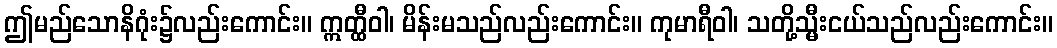
ဤမည်သောနိဂုံး၌လည်းကောင်း။ ဣတ္ထီဝါ၊ မိန်းမသည်လည်းကောင်း။ ကုမာရီဝါ၊ သတို့သ္မီးငယ်သည်လည်းကောင်း။